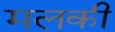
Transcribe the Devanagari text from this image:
मलकी